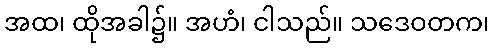
အထ၊ ထိုအခါ၌။ အဟံ၊ ငါသည်။ သဒေဝတက၊